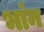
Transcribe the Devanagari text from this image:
भांन